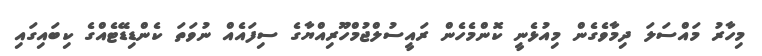
މިހާރު މައްސަލަ ދިމާވެގެން މިއުޅެނީ ކޮންމެހެން ރައީސުލްޖުމްހޫރިއްޔާގެ ސިފައެއް ނުވަތަ ކެންޑިޑޭޓެއްގެ ކިބައިގައި